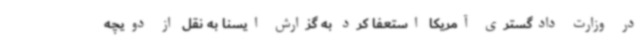
در وزارت دادگستری آمریکا استعفا کرد به گزارش ایسنا به نقل از دویچه